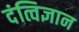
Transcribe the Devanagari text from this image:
दंत्विज्ञान